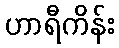
ဟာရီကိန်း